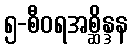
၅-စီဝရအစ္ဆိန္ဒန